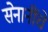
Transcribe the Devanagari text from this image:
सेनानींचे